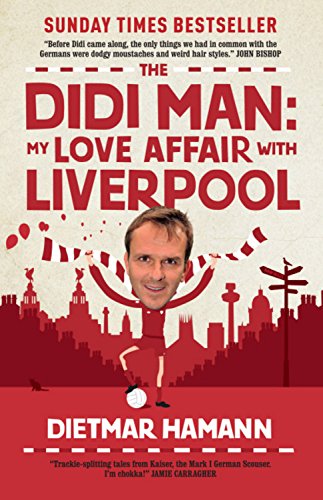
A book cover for The Didi Man: My Love Affair with Liverpool; Dietmar Hamann; Biographies & Memoirs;